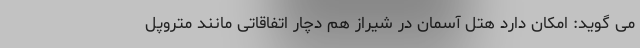
می گوید: امکان دارد هتل آسمان در شیراز هم دچار اتفاقاتی مانند متروپل